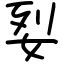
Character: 姴